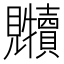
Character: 𲁐